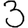
Digit: 3